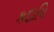
કદાપિ